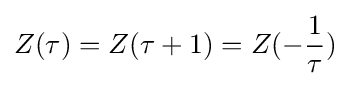
Z(\tau )=Z(\tau +1)=Z(-{\frac {1}{\tau }})